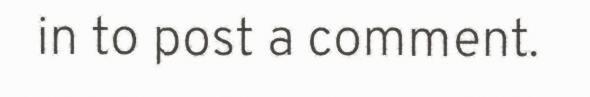
in to post a comment.